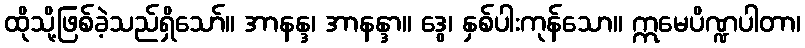
ထိုသို့ဖြစ်ခဲ့သည်ရှိသော်။ အာနန္ဒ၊ အာနန္ဒာ။ ဒွေ၊ နှစ်ပါးကုန်သော။ ဣမေပိဏ္ဍပါတာ၊